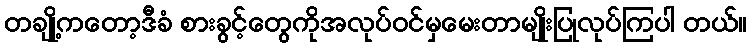
တချို့ကတော့ဒီခံ စားခွင့်တွေကိုအလုပ်ဝင်မှမေးတာမျိုးပြုလုပ်ကြပါ တယ်။